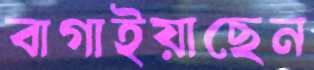
বাগাইয়াছেন